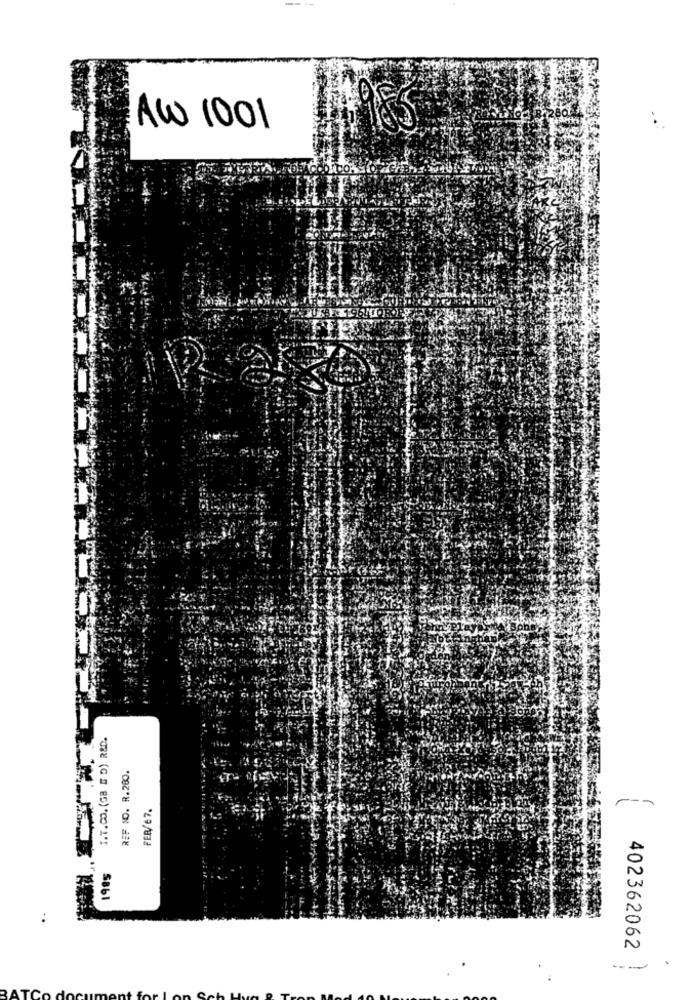
AW 1001
REF NO. R.280.
FER/67.
1985
402362062
.
---